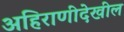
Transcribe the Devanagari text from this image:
अहिराणीदेखील